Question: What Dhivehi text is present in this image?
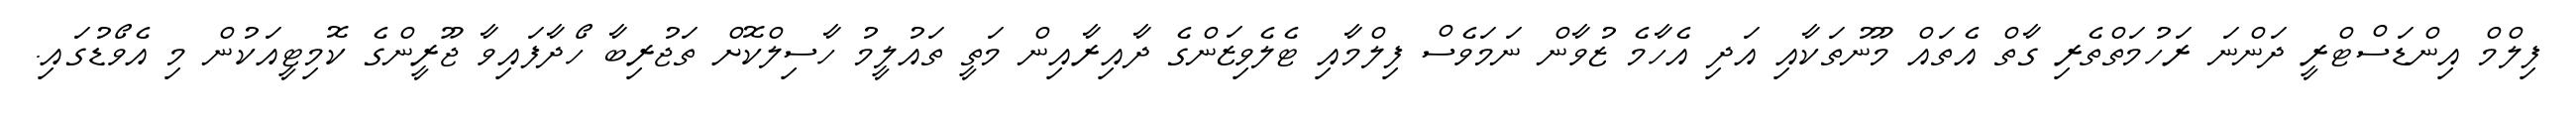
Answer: ފިލްމް އިންޑަސްޓްރީ ދަންނަ ރަހުމަތްތެރި ގާތް އެތައް މޫނުތަކާއި އަދި އެހާމެ ޒުވާން ނަމަވެސް ފިލްމާއި ޓެލެވިޒަންގެ ދާއިރާއިން މަތީ ތައުލީމު ހާސިލްކޮށް ތަޖުރިބާ ހޯދާފައިވާ ޖޫރީންގެ ކޮމިޓީއަކުން މި އެވޯޑުގައި.